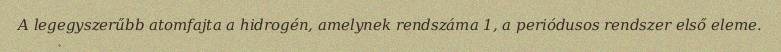
A legegyszerűbb atomfajta a hidrogén, amelynek rendszáma 1, a periódusos rendszer első eleme.